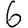
Digit: 6